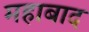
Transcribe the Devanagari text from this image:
महाबाद